Annual report on the health of the army in India
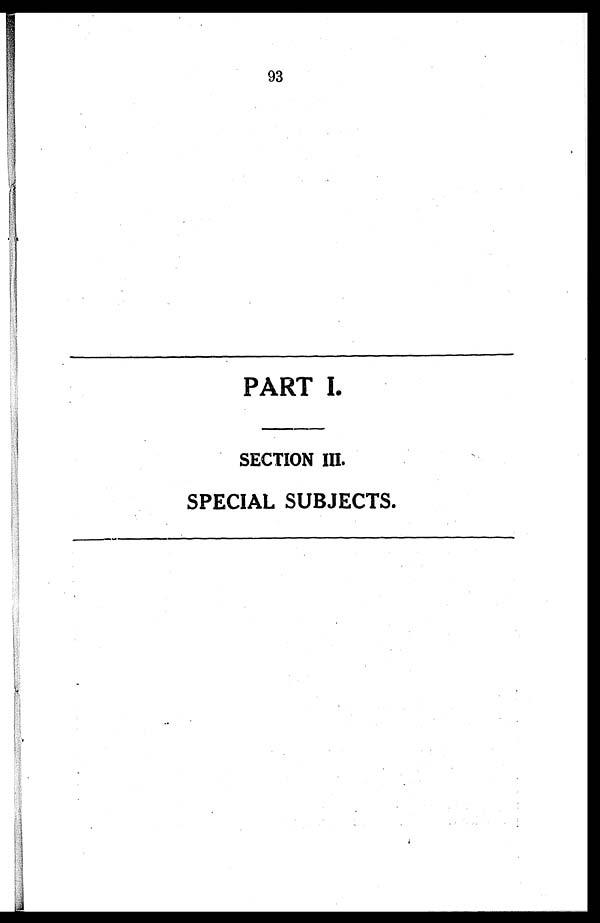
93
PART I
SECTION III.
SPECIAL SUBJECTS.